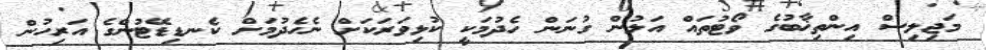
މަޖިލިސް އިންތިޚާބުގެ ވޯޓުތައް އަލުން ގުނަން ހެދުމަކީ ކުޅިވަރަކަށް ނެހެދުމަށް ކެނޑިޑޭޓުންގެ އަރިހުން